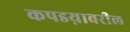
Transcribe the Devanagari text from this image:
कपडय़ावरील